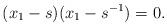
LaTeX: \begin{align*} (x_1 -s)(x_1 - s^{-1}) = 0. \end{align*}